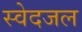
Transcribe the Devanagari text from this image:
स्वेदजल